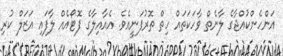
އަންހެންކުއްޖާގެ ލާނެތް ވާހަކަތައް ހިތް ތޮރުފަނީއެވެ. އެއާއިލާގެ ފޮޓޯއެއް ލާފައި އަޒަލް ކުރި